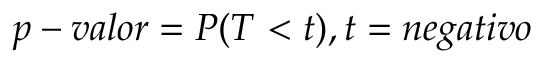
p - v a l o r = P ( T < t ) , t = n e g a t i v o